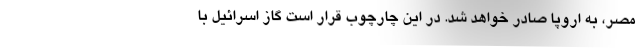
مصر، به اروپا صادر خواهد شد. در این چارچوب قرار است گاز اسرائیل با